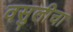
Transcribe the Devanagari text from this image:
वसुलीचा